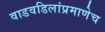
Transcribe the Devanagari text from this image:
वाडवडिलांप्रमाणेच